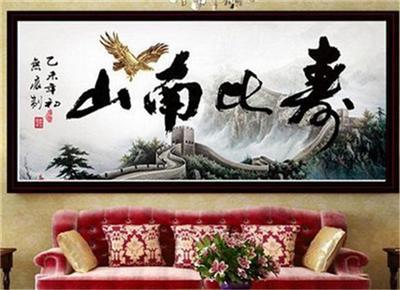
顺天者存，逆天者亡。